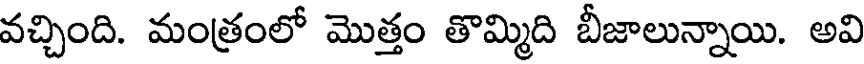
వచ్చింది. మంత్రంలో మొత్తం తొమ్మిది బీజాలున్నాయి. అవి